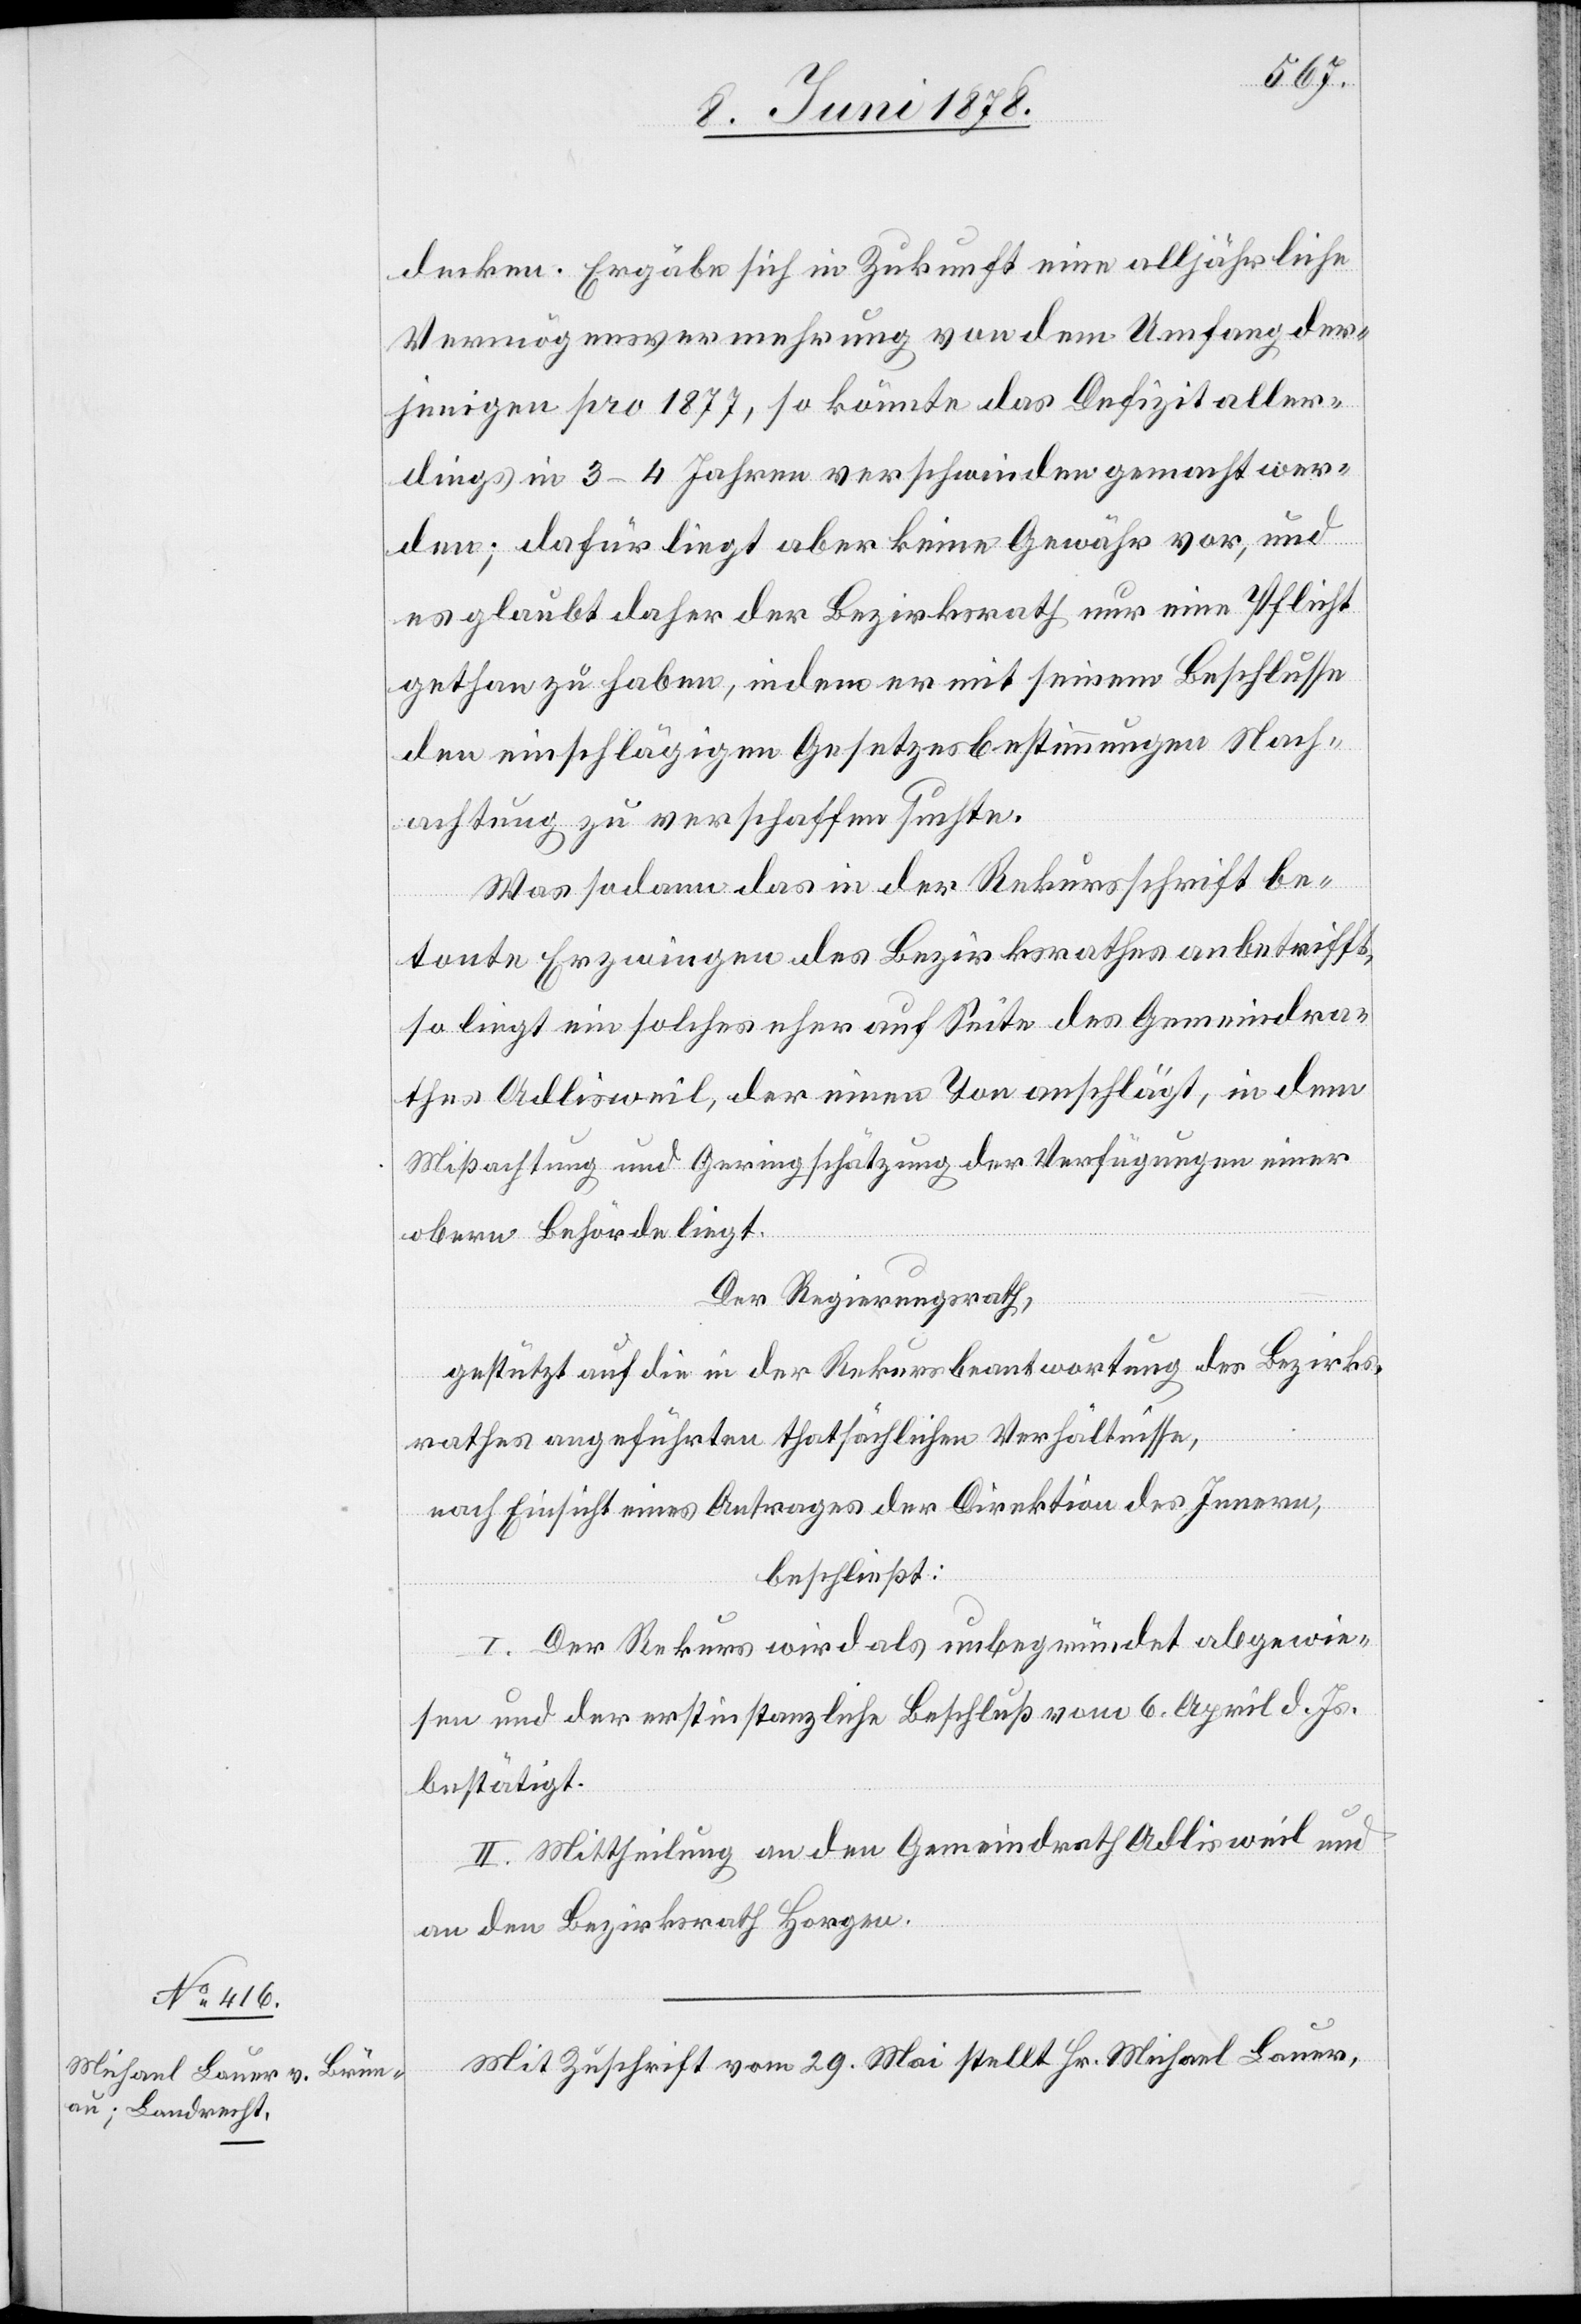
Mit Zuschrift vom 29. Mai stellt Hr. Michael Bauer,